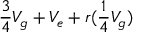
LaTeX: { \frac { 3 } { 4 } } V _ { g } + V _ { e } + r ( { { \frac { 1 } { 4 } } V _ { g } } )